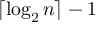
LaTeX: \lceil \log _ { 2 } n \rceil - 1